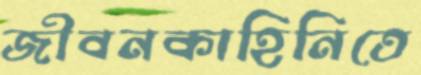
জীবনকাহিনিতে